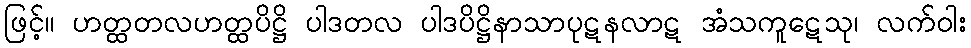
ဖြင့်။ ဟတ္ထတလဟတ္ထပိဋ္ဌိ ပါဒတလ ပါဒပိဋ္ဌိနာသာပုဋနလာဋ အံသကူဋေသု၊ လက်ဝါး